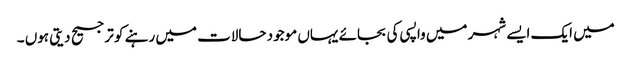
میں ایک ایسے شہر میں واپسی کی بجائے یہاں موجود حالات میں رہنے کو ترجیح دیتی ہوں ۔